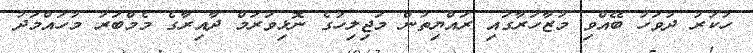
ހުކުރު ދުވަހު ބޭއްވި މުޒާހަރާގައި ރައްޔިތުން މަޖިލިހުގެ ނޮޅިވަރަމް ދާއިރާގެ މެމްބަރު މުހައްމަދު